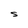
Character: S